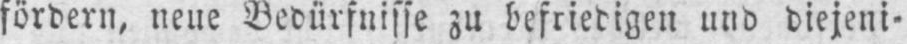
fördern, neue Bedürfnisse zu befriedigen und diejeni-